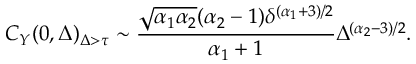
C _ { Y } ( 0 , \Delta ) _ { \Delta > \tau } \sim \frac { \sqrt { \alpha _ { 1 } \alpha _ { 2 } } ( \alpha _ { 2 } - 1 ) \delta ^ { ( \alpha _ { 1 } + 3 ) / 2 } } { \alpha _ { 1 } + 1 } \Delta ^ { ( \alpha _ { 2 } - 3 ) / 2 } .